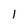
Character: l